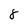
Character: 8